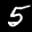
Label: 5